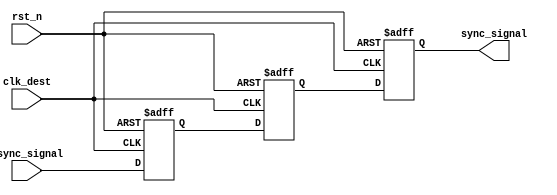
module signal_level_crossing_synchronizer (
    input wire async_signal,     // Asynchronous input signal from the source clock domain
    input wire clk_dest,         // Clock signal for the destination clock domain
    input wire rst_n,            // Asynchronous active-low reset signal
    output reg sync_signal        // Synchronized output signal in the clk_dest domain
);

    // Intermediate registers for the two-stage flip-flop
    reg ff1, ff2;

    // Two-stage flip-flop for synchronizing the async_signal
    always @(posedge clk_dest or negedge rst_n) begin
        if (!rst_n) begin
            ff1 <= 1'b0;           // Reset state for the first flip-flop
            ff2 <= 1'b0;           // Reset state for the second flip-flop
            sync_signal <= 1'b0;   // Reset output signal
        end else begin
            ff1 <= async_signal;   // Capture async_signal on the rising edge of clk_dest
            ff2 <= ff1;            // Capture ff1 output on the next rising edge
            sync_signal <= ff2;    // Output the value of ff2
        end
    end

endmodule